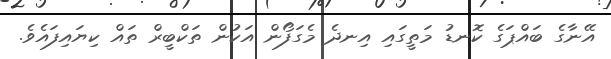
އޭނާގެ ބައްޕަގެ ކޮނޑު މަތީގައި އިނދެ މެގަފޯން އަކުން ތަކްބީރް ތައް ކިޔައިފައެވެ.